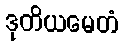
ဒုတိယမေတံ